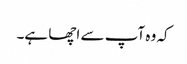
کہ وہ آپ سے اچھا ہے۔